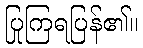
ပြုကြရပြန်၏။